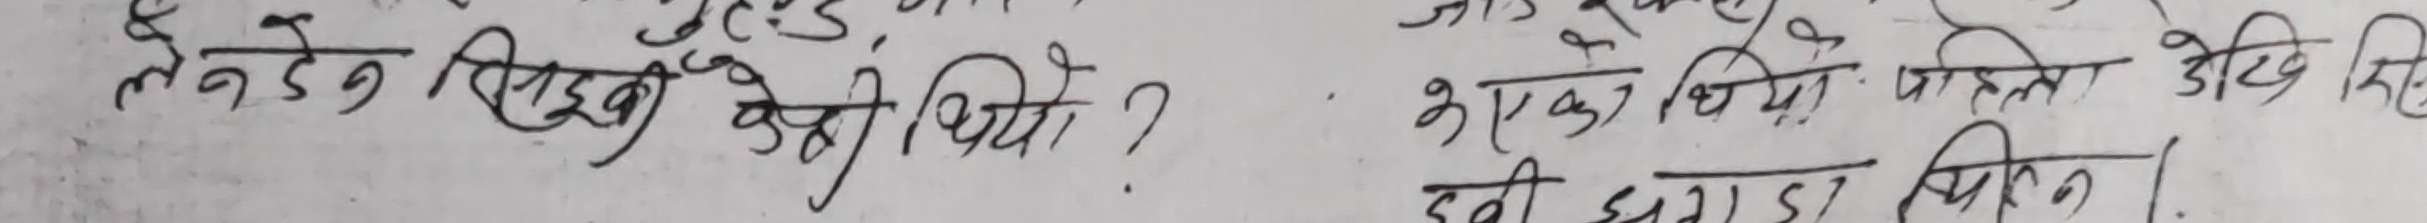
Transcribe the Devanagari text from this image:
लेनदेन सिको कैसी थियो?
जोड भई।